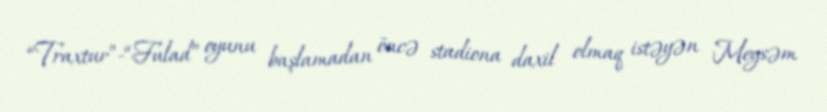
“Traxtur”-“Fulad” oyunu başlamadan öncə stadiona daxil olmaq istəyən Meysəm